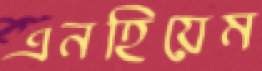
এনহিয়েম